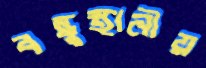
বন্ধুস্থানীয়